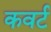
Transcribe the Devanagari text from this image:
कवर्ट